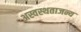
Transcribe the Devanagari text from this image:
अस्वस्थताजन्य